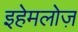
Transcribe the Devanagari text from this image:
इहेमलोज़